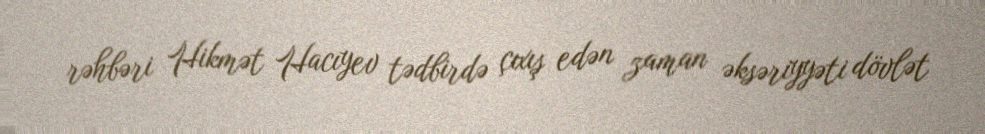
rəhbəri Hikmət Hacıyev tədbirdə çıxış edən zaman əksəriyyəti dövlət